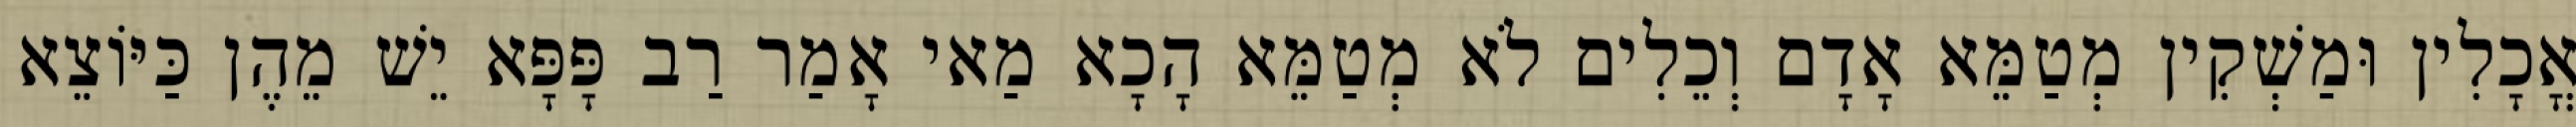
אֳכָלִין וּמַשְׁקִין מְטַמֵּא אָדָם וְכֵלִים לֹא מְטַמֵּא הָכָא מַאי אָמַר רַב פָּפָּא יֵשׁ מֵהֶן כַּיּוֹצֵא